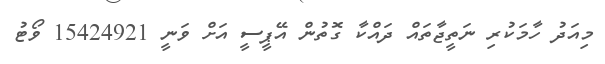
މިއަދު ހާމަކުރި ނަތީޖާތައް ދައްކާ ގޮތުން އޭޕީސީ އަށް ވަނީ 15424921 ވޯޓު